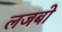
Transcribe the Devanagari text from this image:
लजबो